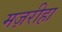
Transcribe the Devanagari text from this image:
मज़रीहा